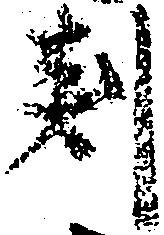
判